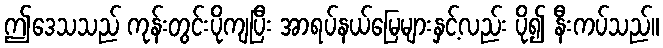
ဤဒေသသည် ကုန်းတွင်းပိုကျပြီး အာရပ်နယ်မြေများနှင့်လည်း ပို၍ နီးကပ်သည်။